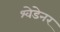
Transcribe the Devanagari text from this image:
श्वेडेनर